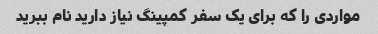
مواردی را که برای یک سفر کمپینگ نیاز دارید نام ببرید